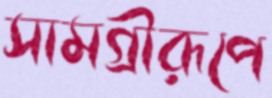
সামগ্রীরূপে